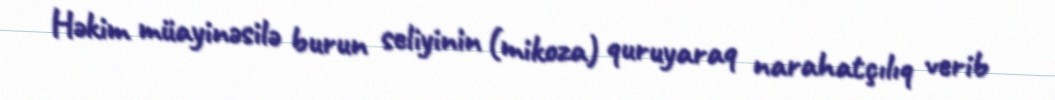
Həkim müayinəsilə burun seliyinin (mikoza) quruyaraq narahatçılıq verib